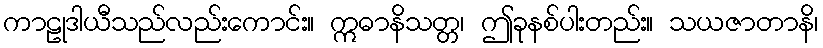
ကာဠုဒါယီသည်လည်းကောင်း။ ဣဓာနိသတ္တ၊ ဤခုနစ်ပါးတည်း။ သယဇာတာနိ၊